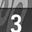
Digit: 3